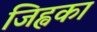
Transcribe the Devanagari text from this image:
जिह्वका